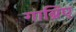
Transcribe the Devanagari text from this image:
गाब्रिए